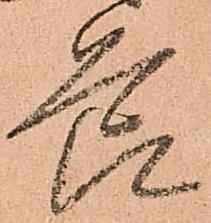
節